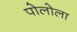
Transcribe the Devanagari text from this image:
पोलोला